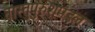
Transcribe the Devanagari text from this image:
वास्तुपुरुशमंडल